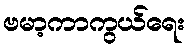
ဗမာ့ကာကွယ်ရေး